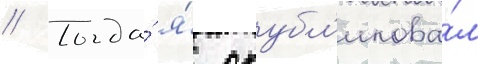
// Тогда́ я́ опубл'икова́л